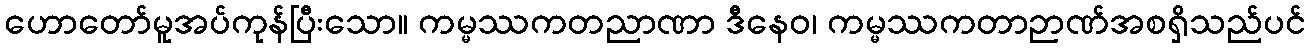
ဟောတော်မူအပ်ကုန်ပြီးသော။ ကမ္မဿကတညာဏာ ဒီနေဝ၊ ကမ္မဿကတာဉာဏ်အစရှိသည်ပင်